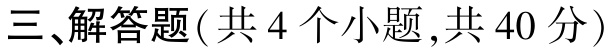
三、解答题(共 4 个小题,共 40 分)